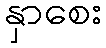
နှာစေး